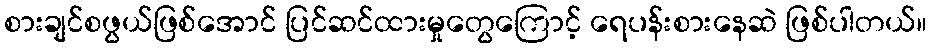
စားချင်စဖွယ်ဖြစ်အောင် ပြင်ဆင်ထားမှုတွေကြောင့် ရေပန်းစားနေဆဲ ဖြစ်ပါတယ်။